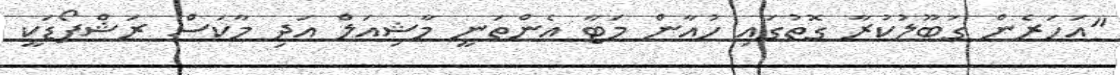
"އަހަރެން ގަބޫލުކުރާ ގޮތުގައި ހުއާން މަޓާ އެންތަނީ މާޝިއަލް އަދި މާކަސް ރަޝްފޯޑަކީ